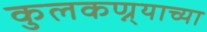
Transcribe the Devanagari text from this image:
कुलकण्र्याच्या